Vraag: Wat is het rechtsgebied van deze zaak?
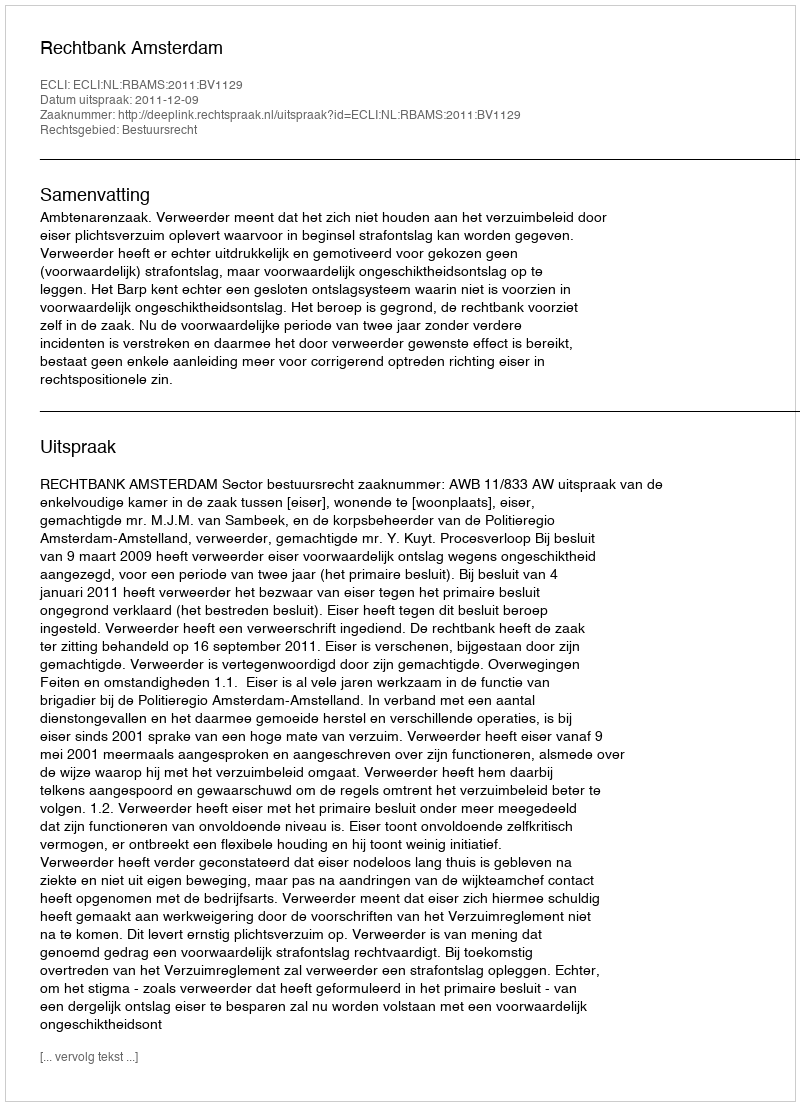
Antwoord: Bestuursrecht